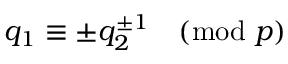
q _ { 1 } \equiv \pm q _ { 2 } ^ { \pm 1 } { \pmod { p } }